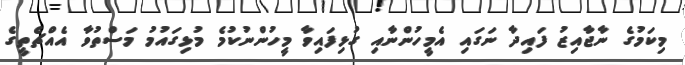
މިކަމުގެ ނާޖާއިޒު ފައިދާ ނަގައި އެމީހުންނާއި ގުޅިފައިވާ މީހުންނުކުމެ މުޅިގައުމު މަސްތުވާ އެއްޗެތީގެ